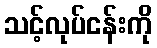
သင့်လုပ်ငန်းကို